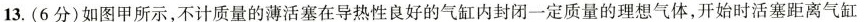
13.(6分)如图甲所示，不计质量的薄活塞在导热性良好的气缸内封闭一定质量的理想气体，开始时活塞距离气缸